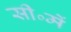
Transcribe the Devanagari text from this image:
सी॰में